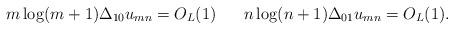
LaTeX: \begin{align*}m\log (m+1)\Delta_{10}u_{mn}=O_L(1)\,\,\,\,\,\,\,\,\,\,n\log (n+1)\Delta_{01}u_{mn}=O_L(1).\end{align*}